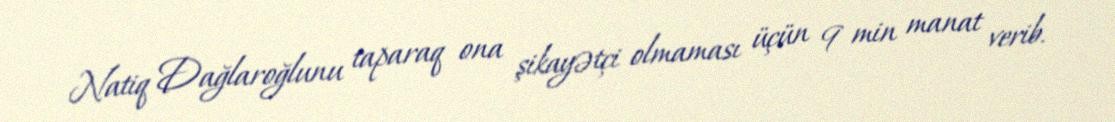
Natiq Dağlaroğlunu taparaq ona şikayətçi olmaması üçün 9 min manat verib.